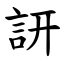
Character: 訮